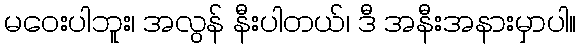
မဝေးပါဘူး၊ အလွန် နီးပါတယ်၊ ဒီ အနီးအနားမှာပါ။